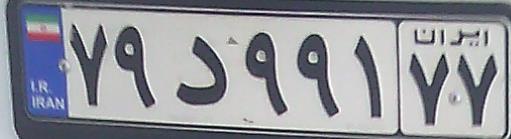
۷۹د۹۹۱۷۷